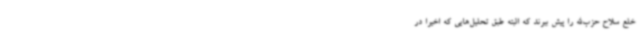
خلع سلاح حزب‌الله را پیش ببرند که البته طبق تحلیل‌هایی که اخیرا در